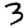
Digit: 3